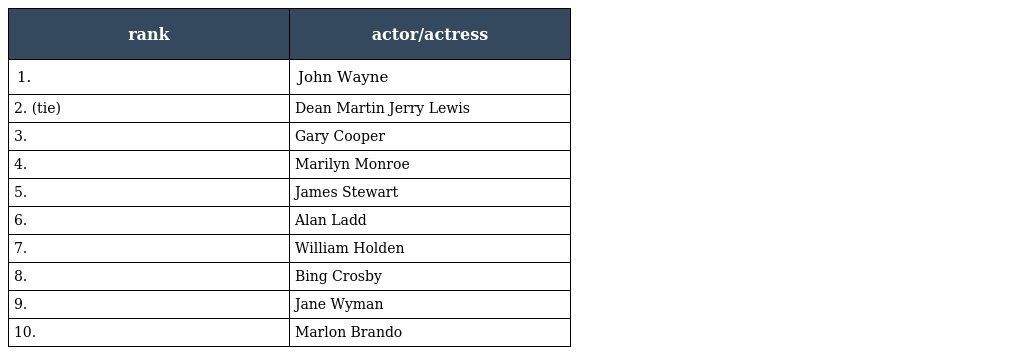
| rank | actor/actress |
 | --- | --- |
 | 1. | John Wayne |
 | 2. (tie) | Dean Martin Jerry Lewis |
 | 3. | Gary Cooper |
 | 4. | Marilyn Monroe |
 | 5. | James Stewart |
 | 6. | Alan Ladd |
 | 7. | William Holden |
 | 8. | Bing Crosby |
 | 9. | Jane Wyman |
 | 10. | Marlon Brando |